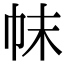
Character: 帓